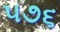
૫૭૬